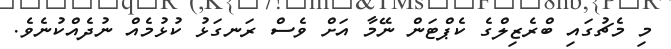
މި މެޗުގައި ބްރެޒިލްގެ ކެޕްޓަން ނޭމާ އަށް ވެސް ރަނގަޅު ކުޅުމެއް ނުދެއްކުނެވެ.